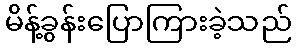
မိန့်ခွန်းပြောကြားခဲ့သည်